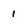
Character: 1